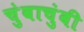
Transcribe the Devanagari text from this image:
चुंबाचुंबी